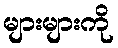
များများကို